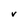
Character: v